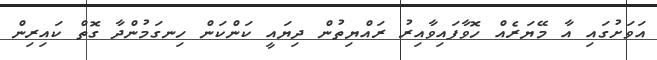
އަވަށުގައި އާ މޭޔަރެއް ހޮވާފައިވާއިރު ރައްޔިތުން ދިޔައީ ކަންކަން ހިނގަމުންދާ ގޮތް ކައިރިން